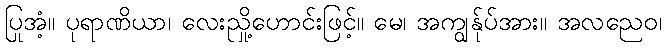
ပြုအံ့။ ပုရာဏိယာ၊ လေးညှို့ဟောင်းဖြင့်။ မေ၊ အကျွန်ုပ်အား။ အလညေဝ၊